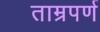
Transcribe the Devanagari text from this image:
ताम्रपर्ण